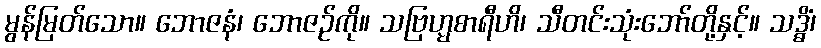
မွန်မြတ်သော။ ဘောဇနံ၊ ဘောဇဉ်ကို။ သဗြဟ္မစာရီဟိ၊ သီတင်းသုံးဘော်တို့နှင့်။ သဒ္ဓိံ၊